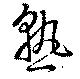
熟